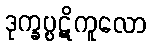
ဒုက္ခပ္ပဋိကူလော